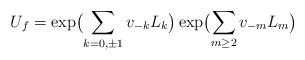
LaTeX: \begin{align*}U_f = \exp\bigl(\sum_{k=0,\pm1} v_{-k}L_k\bigr) \exp\bigl(\sum_{m\geq2} v_{-m}L_m\bigr)\end{align*}